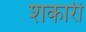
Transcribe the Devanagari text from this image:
शकारी